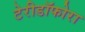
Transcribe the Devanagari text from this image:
टेरीडॉफोरा